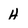
Character: H